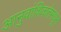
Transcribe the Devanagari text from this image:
आनुवांशिकतेमधून